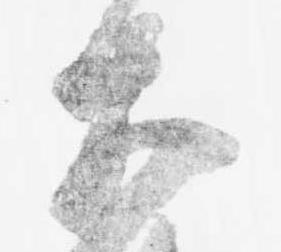
大